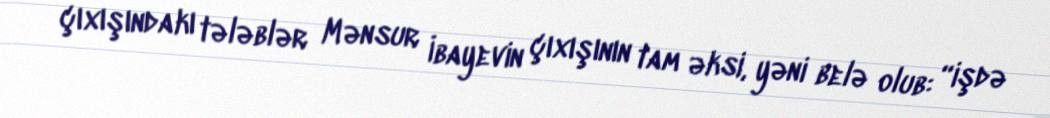
çıxışındakı tələblər Mənsur İbayevin çıxışının tam əksi, yəni belə olub: “işdə